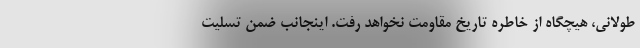
طولانی، هیچگاه از خاطره تاریخ مقاومت نخواهد رفت. اینجانب ضمن تسلیت